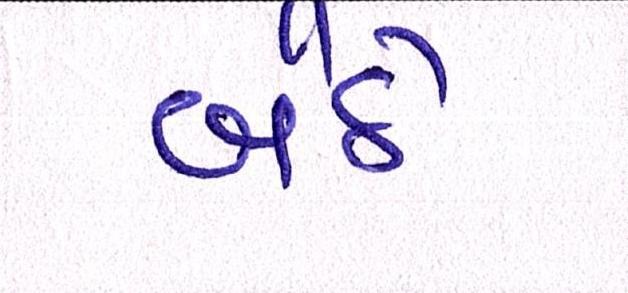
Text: બૈઠે